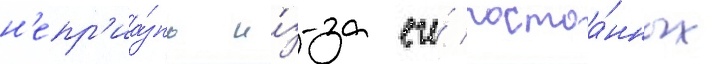
н'епр'иа́знь и́з-за его́ постоа́нных